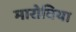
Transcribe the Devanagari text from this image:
मारोविया